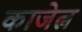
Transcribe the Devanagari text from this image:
काजेत्न